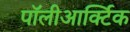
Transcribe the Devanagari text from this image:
पॉलीआर्क्टिक